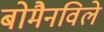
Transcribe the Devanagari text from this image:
बोमैनविले